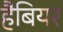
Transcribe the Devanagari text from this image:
हैबियर